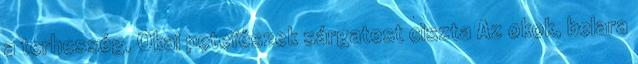
a terhesség, Okai petefészek sárgatest ciszta Az okok, belara